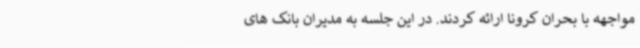
مواجهه با بحران کرونا ارائه کردند. در این جلسه به مدیران بانک های